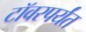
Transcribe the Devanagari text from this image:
टॉवरपर्यंत